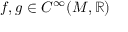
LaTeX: f , g \in C ^ { \infty } ( M , \mathbb { R } )